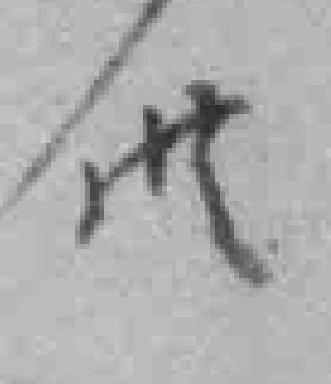
供